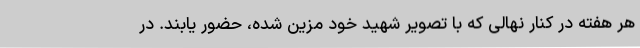
هر هفته در کنار نهالی که با تصویر شهید خود مزین شده، حضور یابند. در